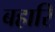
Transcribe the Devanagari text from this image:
बहारि